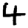
Digit: 4